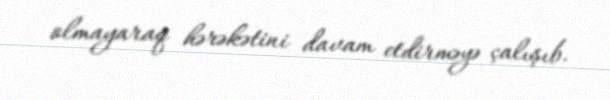
olmayaraq hərəkətini davam etdirməyə çalışıb.